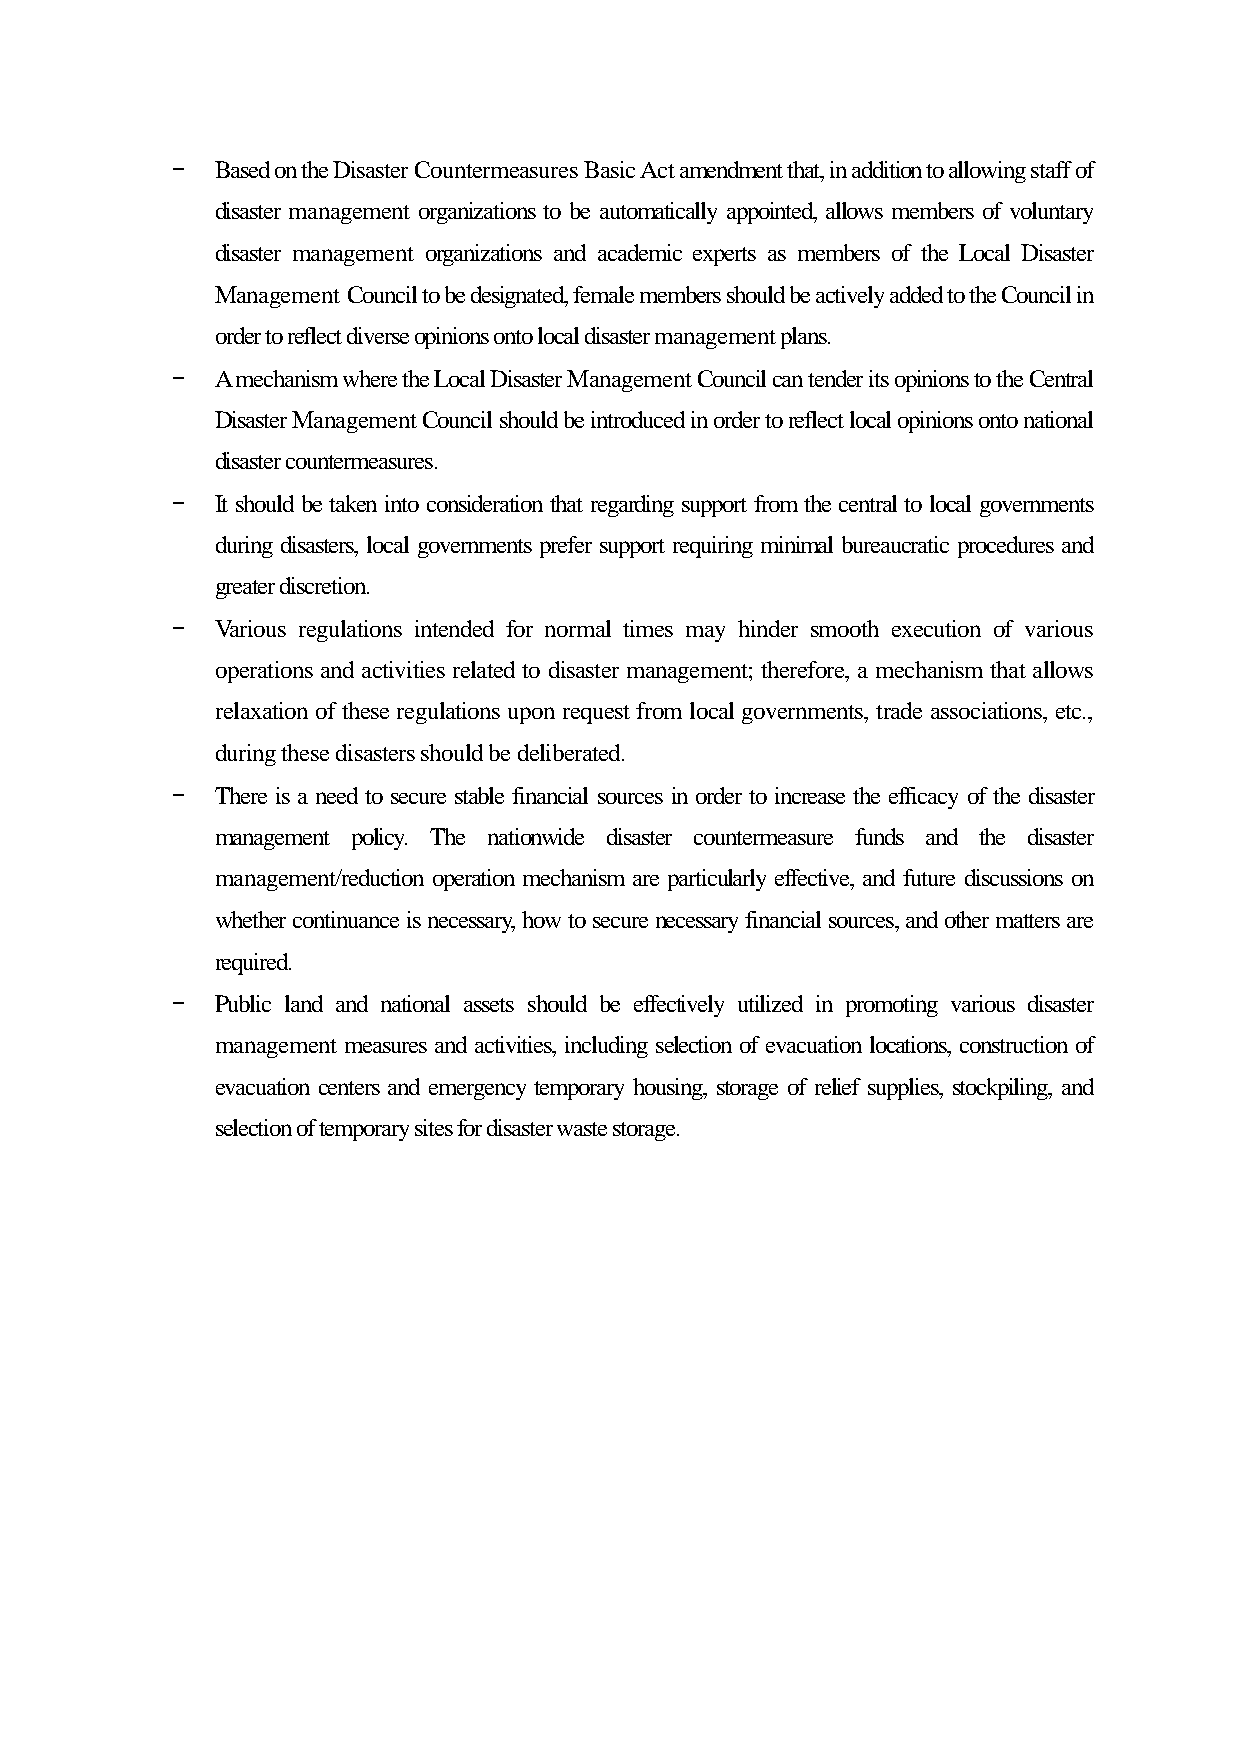
-  Based on the Disaster Countermeasures Basic Act amendment that, in addition to allowing staff of
 disaster management organizations to be automatically appointed, allows members of voluntary
 disaster management organizations and academic experts as members of the Local Disaster
 Management Council to be designated, female members should be actively added to the Council in
 order to reflect diverse opinions onto local disaster management plans.
 -  A mechanism where the Local Disaster Management Council can tender its opinions to the Central
 Disaster Management Council should be introduced in order to reflect local opinions onto national
 disaster countermeasures.
 -  It should be taken into consideration that regarding support from the central to local governments
 during disasters, local governments prefer support requiring minimal bureaucratic procedures and
 greater discretion.
 -  Various regulations intended for normal times may hinder smooth execution of various
 operations and activities related to disaster management; therefore, a mechanism that allows
 relaxation of these regulations upon request from local governments, trade associations, etc.,
 during these disasters should be deliberated.
 -  There is a need to secure stable financial sources in order to increase the efficacy of the disaster
 management policy. The nationwide disaster countermeasure funds and the disaster
 management/reduction operation mechanism are particularly effective, and future discussions on
 whether continuance is necessary, how to secure necessary financial sources, and other matters are
 required.
 -  Public land and national assets should be effectively utilized in promoting various disaster
 management measures and activities, including selection of evacuation locations, construction of
 evacuation centers and emergency temporary housing, storage of relief supplies, stockpiling, and
 selection of temporary sites for disaster waste storage.